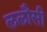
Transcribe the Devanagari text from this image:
ललौसी